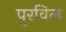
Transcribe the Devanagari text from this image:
पुरविल